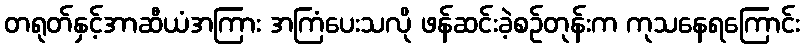
တရုတ်နှင့်အာဆီယံအကြား အကြံပေးသလို ဖန်ဆင်းခဲ့စဉ်တုန်းက ကုသနေရကြောင်း